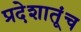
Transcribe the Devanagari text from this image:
प्रदेशातूंच